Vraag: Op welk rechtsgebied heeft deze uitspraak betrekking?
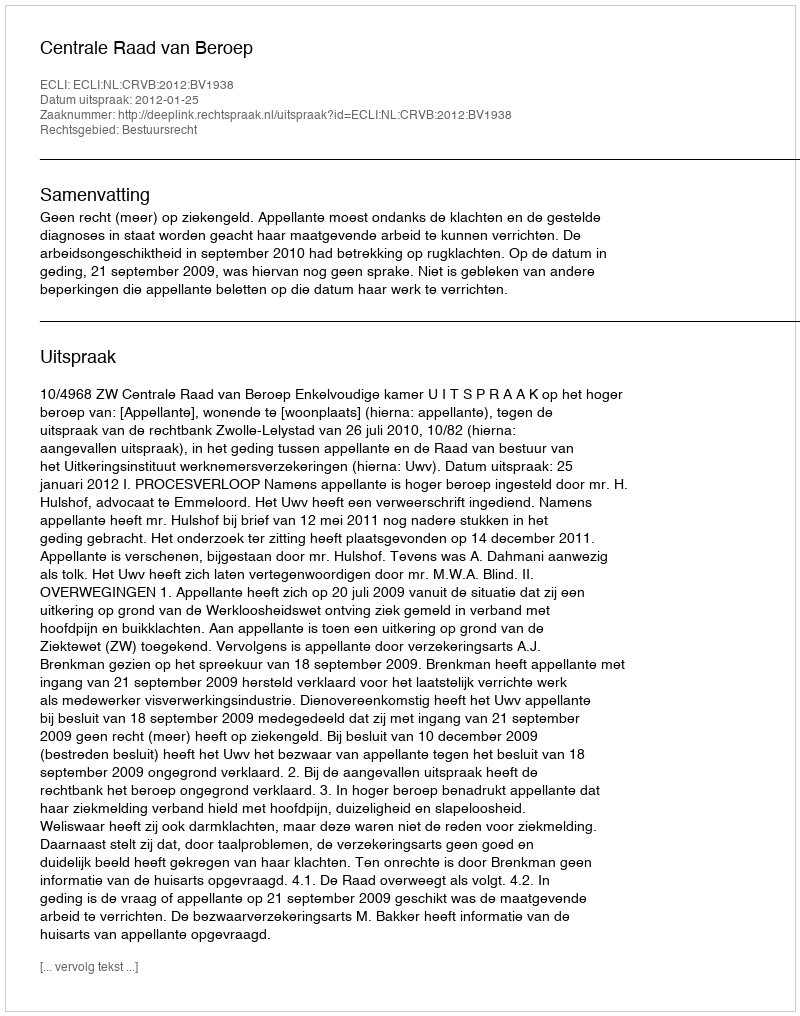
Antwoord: Bestuursrecht